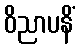
ဝိညာပနိံ